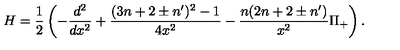
H = \frac { 1 } { 2 } \left( - \frac { d ^ { 2 } } { d x ^ { 2 } } + \frac { ( 3 n + 2 \pm n ^ { \prime } ) ^ { 2 } - 1 } { 4 x ^ { 2 } } - \frac { n ( 2 n + 2 \pm n ^ { \prime } ) } { x ^ { 2 } } \Pi _ { + } \right) .